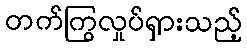
တက်ကြွလှုပ်ရှားသည့်